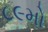
૮૯મો